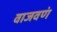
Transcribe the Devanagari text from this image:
वाजवणं